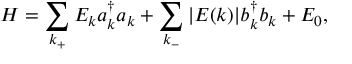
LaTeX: H = \sum _ { k _ { + } } E _ { k } a _ { k } ^ { \dagger } a _ { k } + \sum _ { k _ { - } } | E ( k ) | b _ { k } ^ { \dagger } b _ { k } + E _ { 0 } ,